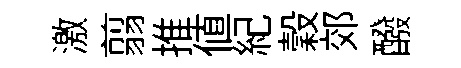
激翦推值紀穀郊醱